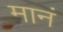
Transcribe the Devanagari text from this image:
मानं